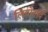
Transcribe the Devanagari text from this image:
लियोनार्द